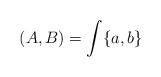
LaTeX: \begin{align*}(A,B) = \int \{a,b\} \end{align*}